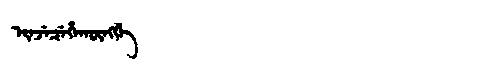
Manchu: ᡳᠨᠵᡝᠴᡝᡥᠠᡴᡡᠩᡤᡝ
Romanization: INJECEHAKŪNGGE